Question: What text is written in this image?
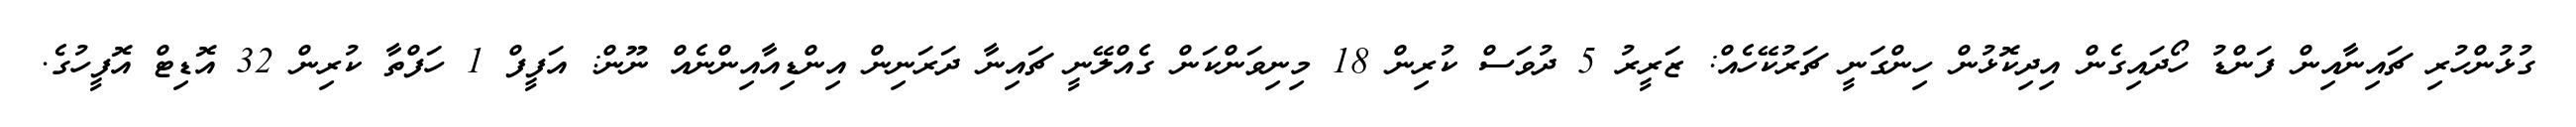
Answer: ގުޅުންހުރި ޗައިނާއިން ފަންޑު ހޯދައިގެން އިދިކޮޅުން ހިންގަނީ ޗަރުކޭހެއް: ޒަރީރު 5 ދުވަސް ކުރިން 18 މިނިވަންކަން ގެއްލޭނީ ޗައިނާ ދަރަނިން އިންޑިއާއިންނެއް ނޫން: އަފީފް 1 ހަފްތާ ކުރިން 32 އޮޑިޓް އޮފީހުގެ.